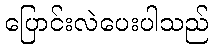
ပြောင်းလဲပေးပါသည်